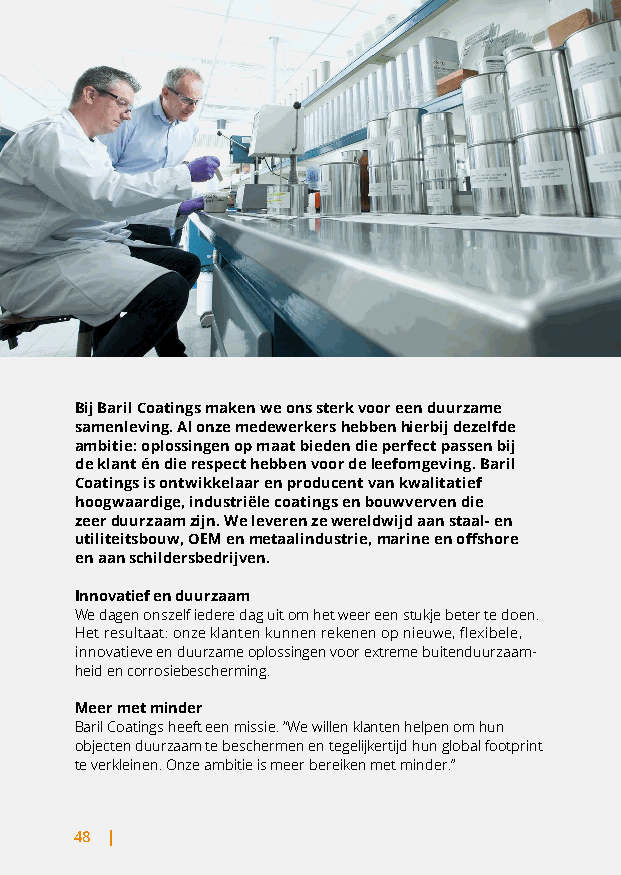
Bij Baril Coatings maken we ons sterk voor een duurzame
 samenleving. Al onze medewerkers hebben hierbij dezelfde
 ambitie: oplossingen op maat bieden die perfect passen bij
 de klant én die respect hebben voor de leefomgeving. Baril
 Coatings is ontwikkelaar en producent van kwalitatief
 hoogwaardige, industriële coatings en bouwverven die
 zeer duurzaam zijn. We leveren ze wereldwijd aan staal- en
 utiliteitsbouw, OEM en metaalindustrie, marine en offshore
 en aan schildersbedrijven.
 Innovatief en duurzaam
 We dagen onszelf iedere dag uit om het weer een stukje beter te doen.
 Het resultaat: onze klanten kunnen rekenen op nieuwe, flexibele,
 innovatieve en duurzame oplossingen voor extreme buitenduurzaam-
 heid en corrosiebescherming.
 Meer met minder
 Baril Coatings heeft een missie. “We willen klanten helpen om hun
 objecten duurzaam te beschermen en tegelijkertijd hun global footprint
 te verkleinen. Onze ambitie is meer bereiken met minder.”
 48 |